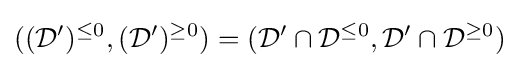
(({\mathcal {D}}')^{\leq 0},({\mathcal {D}}')^{\geq 0})=({\mathcal {D}}'\cap {\mathcal {D}}^{\leq 0},{\mathcal {D}}'\cap {\mathcal {D}}^{\geq 0})